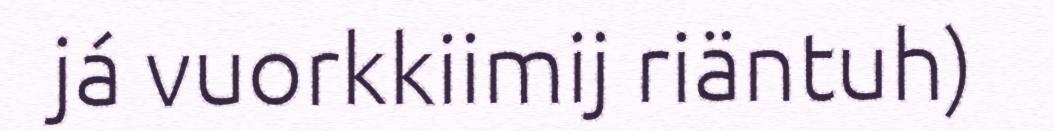
já vuorkkiimij riäntuh)